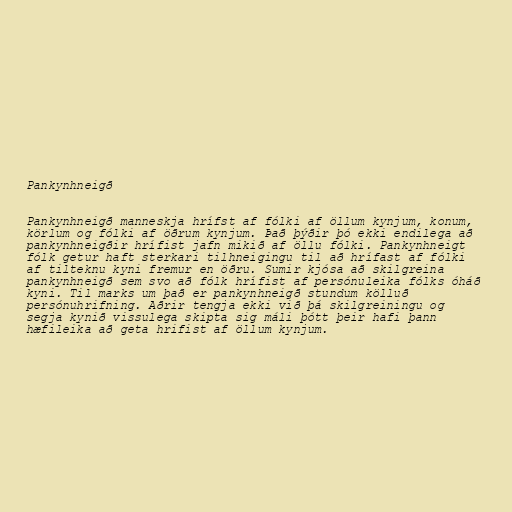
Pankynhneigð

Pankynhneigð manneskja hrífst af fólki af öllum kynjum, konum,
körlum og fólki af öðrum kynjum. Það þýðir þó ekki endilega að
pankynhneigðir hrífist jafn mikið af öllu fólki. Pankynhneigt
fólk getur haft sterkari tilhneigingu til að hrífast af fólki
af tilteknu kyni fremur en öðru. Sumir kjósa að skilgreina
pankynhneigð sem svo að fólk hrífist af persónuleika fólks óháð
kyni. Til marks um það er pankynhneigð stundum kölluð
persónuhrifning. Aðrir tengja ekki við þá skilgreiningu og
segja kynið vissulega skipta sig máli þótt þeir hafi þann
hæfileika að geta hrifist af öllum kynjum.